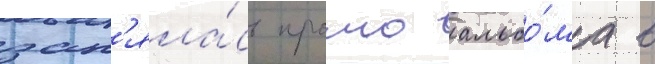
зан'яла́сь промо альбо́ма в